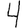
Digit: 4